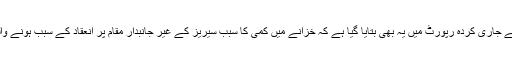
پی سی بی کی جانب سے جاری کردہ رپورٹ میں یہ بھی بتایا گیا ہے کہ خزانے میں کمی کا سبب سیریز کے غیر جانبدار مقام پر انعقاد کے سبب ہونے والے دوگنا اخراجات ہیں۔